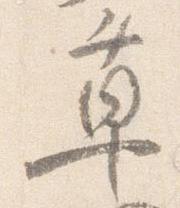
草